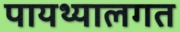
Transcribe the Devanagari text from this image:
पायथ्यालगत